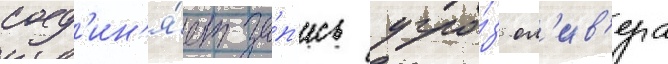
соед'ин'я́ет за́п'ись угро́з ол'ив'ера